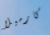
كارميلا